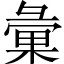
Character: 彙